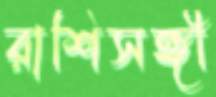
রাশিসঙ্গী